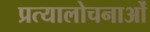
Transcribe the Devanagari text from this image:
प्रत्यालोचनाओं